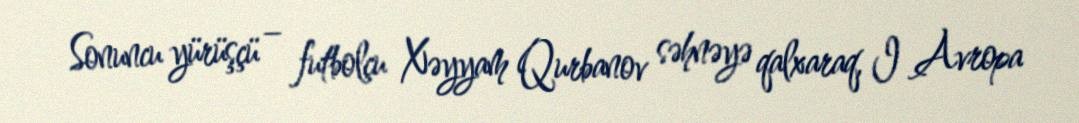
Sonuncu yürüşçü – futbolçu Xəyyam Qurbanov səhnəyə qalxaraq, I Avropa